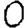
Digit: 0